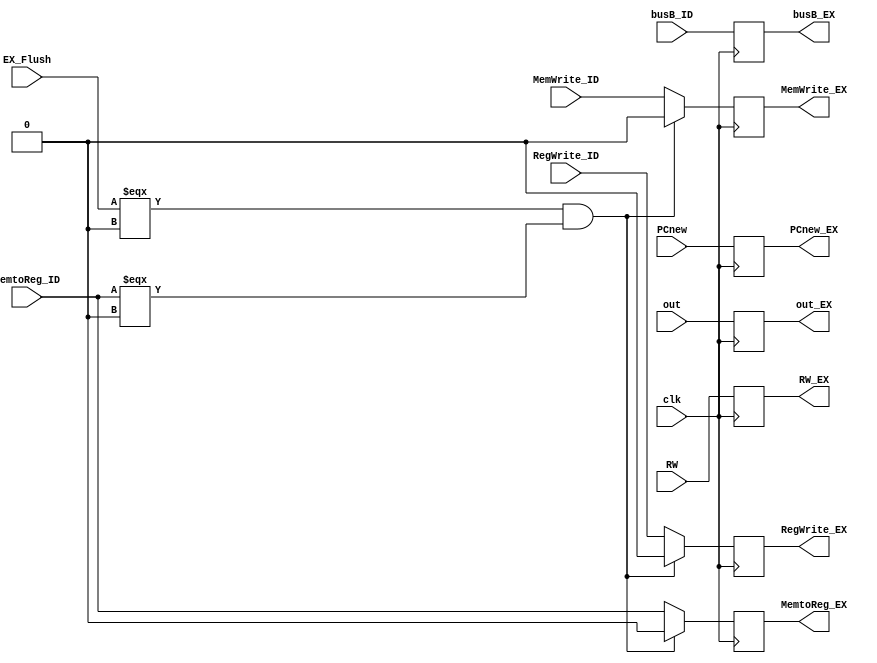
module EX_MEM_flipflop(input [31:0]PCnew,out,busB_ID,
input [4:0]RW,
input clk,MemWrite_ID,MemtoReg_ID,RegWrite_ID,EX_Flush,
output reg[31:0]PCnew_EX,out_EX,busB_EX,
output reg[4:0]RW_EX,
output reg MemWrite_EX,MemtoReg_EX,RegWrite_EX);
always@(posedge clk)begin
   PCnew_EX=PCnew;
	out_EX=out;
	busB_EX=busB_ID;
	
	RW_EX=RW;
	
   if(EX_Flush===0&&MemtoReg_ID===0)begin
	MemWrite_EX=0;
	MemtoReg_EX=0;
	RegWrite_EX=0;
	end
	else begin
	MemWrite_EX=MemWrite_ID;
	MemtoReg_EX=MemtoReg_ID;
	RegWrite_EX=RegWrite_ID;
	end
end
endmodule